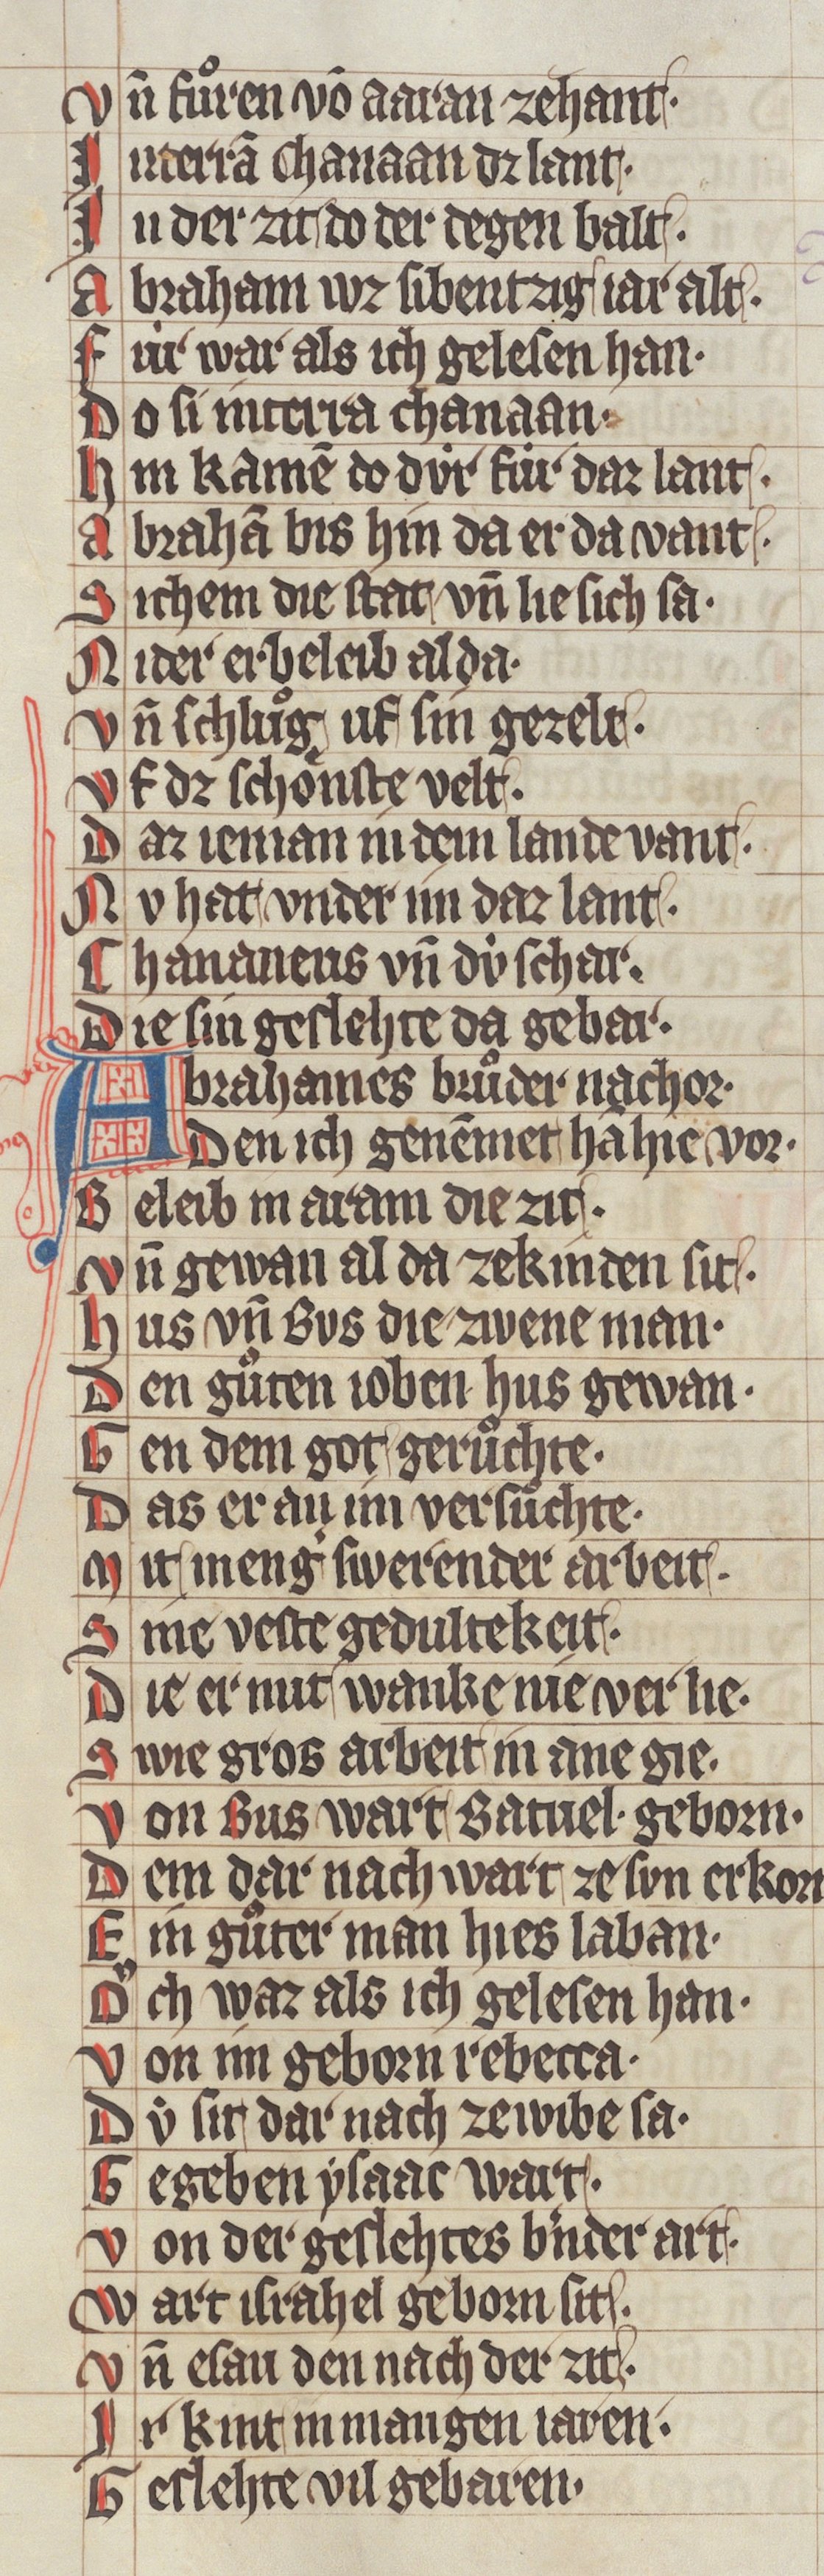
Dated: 1340–1350